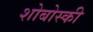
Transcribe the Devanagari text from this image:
शोबोस्की